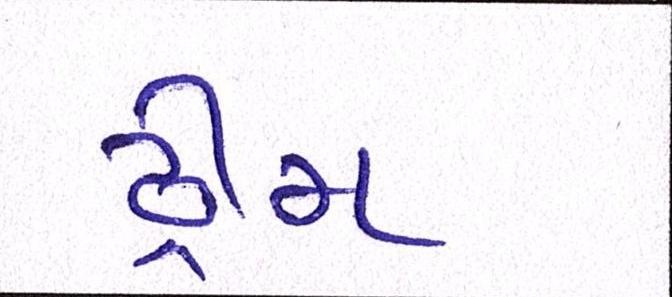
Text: ડ્રીમ